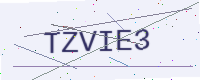
Text: TZVIE3